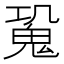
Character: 𩲧